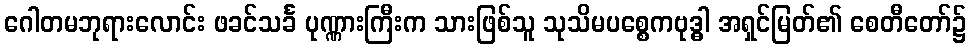
ဂေါတမဘုရားလောင်း ဖခင်သင်္ခ ပုဏ္ဏားကြီးက သားဖြစ်သူ သုသိမပစ္စေကဗုဒ္ဓါ အရှင်မြတ်၏ စေတီတော်၌